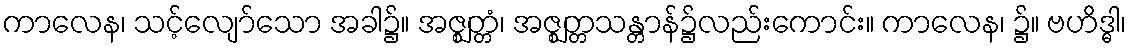
ကာလေန၊ သင့်လျော်သော အခါ၌။ အဇ္ဈတ္တံ၊ အဇ္ဈတ္တသန္တာန်၌လည်းကောင်း။ ကာလေန၊ ၌။ ဗဟိဒ္ဓါ၊